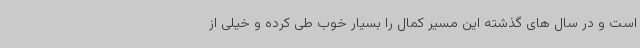
است و در سال های گذشته این مسیر کمال را بسیار خوب طی کرده و خیلی از